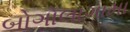
બોગોલાગામા